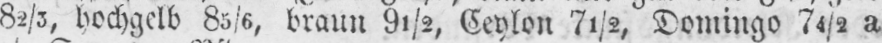
82/3, hochgelb 85/6, braun 9½, Ceylon 7½, Domingo 74/2 a